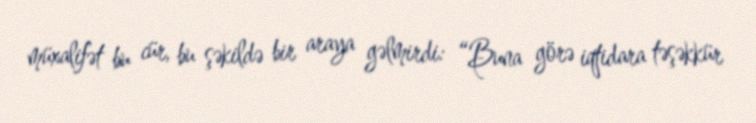
müxalifət bu cür, bu şəkildə bir araya gəlmirdi: “Buna görə iqtidara təşəkkür